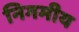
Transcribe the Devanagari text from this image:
निगमीय